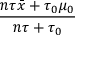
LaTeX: \frac { n \tau { \bar { x } } + \tau _ { 0 } \mu _ { 0 } } { n \tau + \tau _ { 0 } }